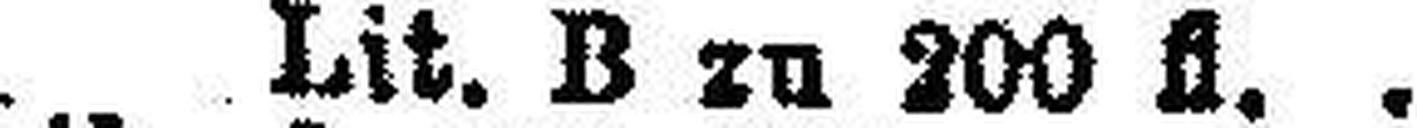
„ Lit. B zu 200 fl.